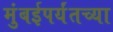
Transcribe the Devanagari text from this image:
मुंबईपर्यंतच्या